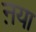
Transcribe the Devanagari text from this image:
ऩया